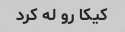
کیکا رو له کرد